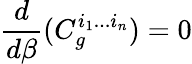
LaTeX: \frac{d}{d\beta}(C_{g}^{i_{1}...i_{n}})=0